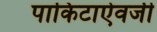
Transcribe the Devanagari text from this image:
पाकिटाऐवजी